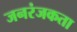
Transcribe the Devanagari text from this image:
जनरंजकता